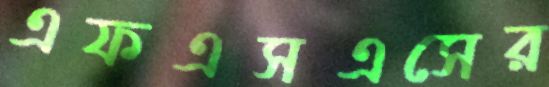
এফএসএসের